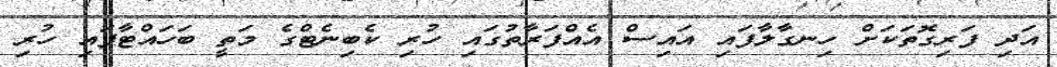
އަދި ފަރިގޮތަކަށް ހިނގާލާފައި އައިސް އެއްފަރާތުގައި ހުރި ކެބިނެޓްގެ މަތީ ބަހައްޓާފައި ހުރި